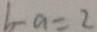
b - a = 2